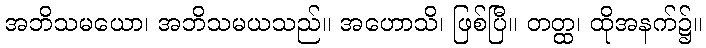
အဘိသမယော၊ အဘိသမယသည်။ အဟောသိ၊ ဖြစ်ပြီ။ တတ္ထ၊ ထိုအနက်၌။